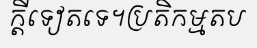
ក្តីទៀតទេ។ប្រតិកម្មតប